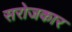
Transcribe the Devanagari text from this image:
सरोजकार